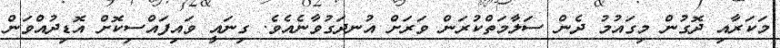
މަކަރާއި ދޮގުން މިގައުމު ދެން ސަލާމަތްކުރަން ވަރަށް އުނދަގުވާނެއެވެ. ގިނައީ ވައިފައްސިކޮށް އޮޑިދުއްވަން